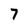
Character: 7